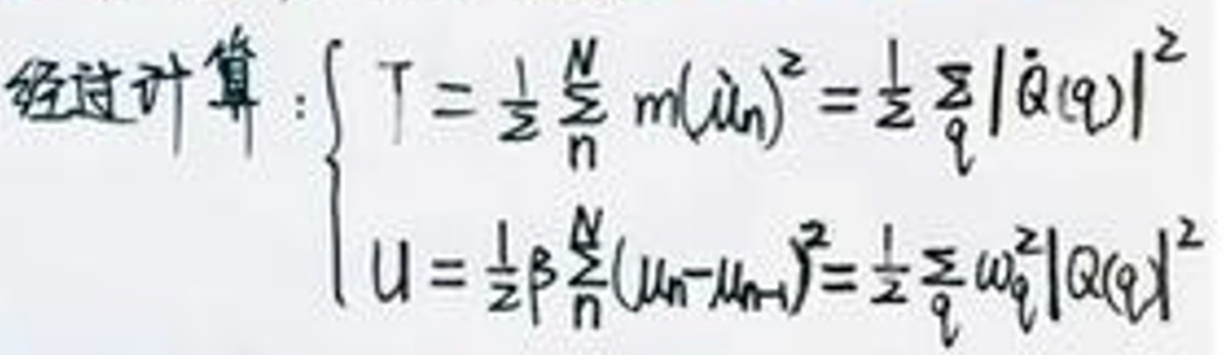
经过计算:
\[
\begin{cases}
T = \frac{1}{2}\sum_{n}^{N}m(\dot{u}_{n})^{2}=\frac{1}{2}\sum_{q}|\dot{Q}(q)|^{2}\\
U = \frac{1}{2}\beta\sum_{n}^{N}(u_{n}-u_{n - 1})^{2}=\frac{1}{2}\sum_{q}\omega_{q}^{2}|Q(q)|^{2}
\end{cases}
\]